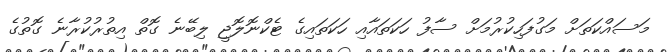
މަސައްކަތަށް މަގުފަހިކުރުމަށް ސާފު ހަކަތައާއި ހަކަތައިގެ ޓެކްނޮލޮޖީ ލިބޭނެ ގޮތް އިތުރުކުރާނެ ގޮތުގެ